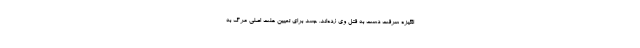
انگیزه سرقت دست به قتل وی زده‌اند. جسد برای تعیین علت اصلی مرگ به